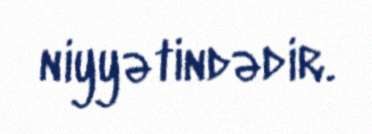
niyyətindədir.